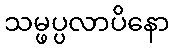
သမ္ဖပ္ပလာပိနော